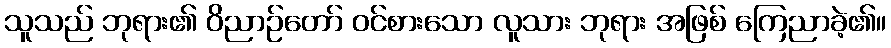
သူသည် ဘုရား၏ ဝိညာဉ်တော် ဝင်စားသော လူသား ဘုရား အဖြစ် ကြေညာခဲ့၏။